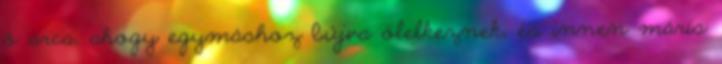
ő arca, ahogy egymáshoz bújva ölelkeznek, és innen máris